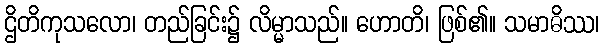
ဌိတိကုသလော၊ တည်ခြင်း၌ လိမ္မာသည်။ ဟောတိ၊ ဖြစ်၏။ သမာဓိဿ၊